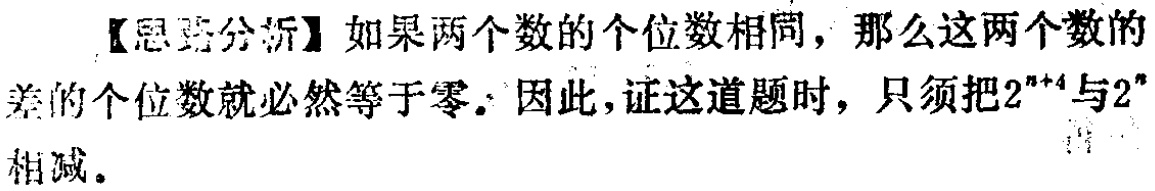
【思路分析】如果两个数的个位数相同，那么这两个数的差的个位数就必然等于零。因此，证这道题时，只须把\(2^{n + 4}\)与\(2^{n}\)相减。